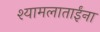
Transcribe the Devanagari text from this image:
श्यामलाताईंना